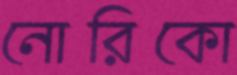
নোরিকো